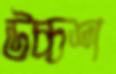
উচ্চশ